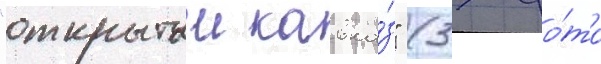
"открытыи кавка́з" (37 фо́то